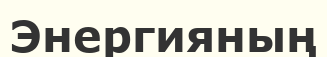
Энергияның